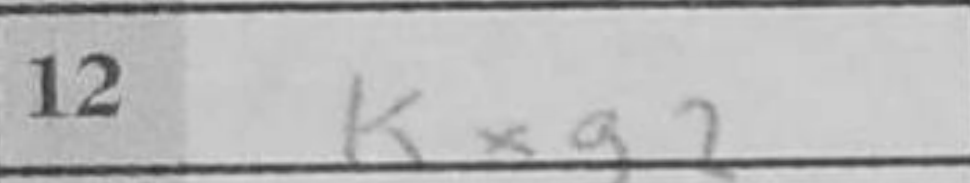
Transcription: Kxg2